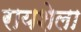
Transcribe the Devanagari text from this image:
रायशेला